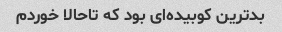
بدترین کوبیده‌ای بود که تاحالا خوردم